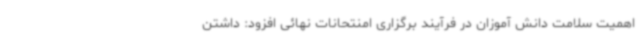
اهمیت سلامت دانش آموزان در فرآیند برگزاری امنتحانات نهائی افزود: داشتن